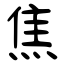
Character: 焦